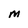
Character: M